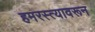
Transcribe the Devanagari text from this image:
हमरस्त्यावरून